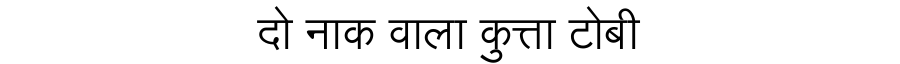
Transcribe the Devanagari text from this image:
दो नाक वाला कुत्ता टोबी